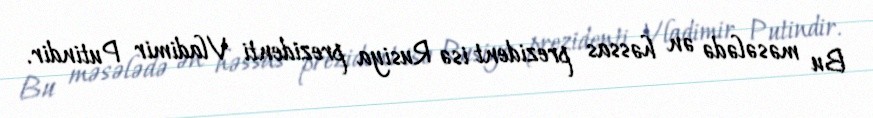
Bu məsələdə ən həssas prezident isə Rusiya prezidenti Vladimir Putindir.